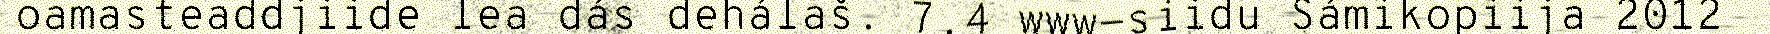
oamasteaddjiide lea dás dehálaš. 7.4 www-siidu Sámikopiija 2012